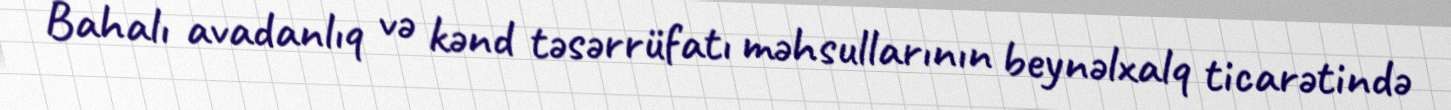
Bahalı avadanlıq və kənd təsərrüfatı məhsullarının beynəlxalq ticarətində